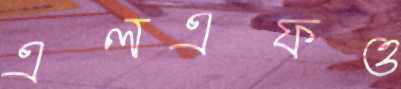
এলএফও